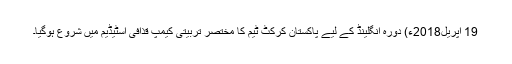
19 اپریل2018ء) دورہ انگلینڈ کے لیے پاکستان کرکٹ ٹیم کا مختصر تربیتی کیمپ قذافی اسٹیڈیم میں شروع ہوگیا۔